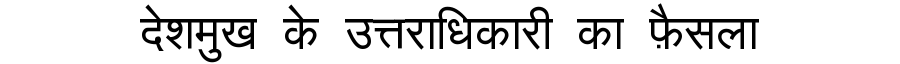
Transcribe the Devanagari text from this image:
देशमुख के उत्तराधिकारी का फ़ैसला